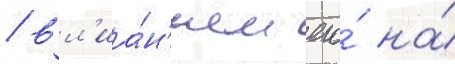
/ вл'иа́н'ием его́ на́